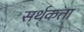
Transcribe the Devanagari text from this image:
सर्थकता